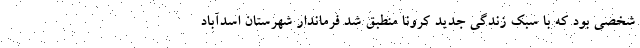
شخصی بود که با سبک زندگی جدید کرونا منطبق شد فرماندار شهرستان اسدآباد